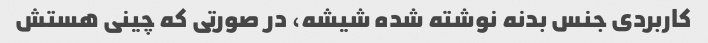
کاربردی جنس بدنه نوشته شده شیشه، در صورتی که چینی هستش